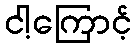
ငါ့ကြောင့်